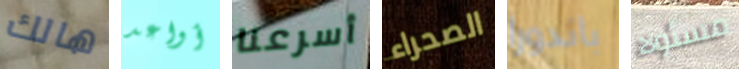
هالك أواعد أسرعنا الصحراء باندورا مسئولا